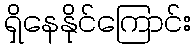
ရှိနေနိုင်ကြောင်း